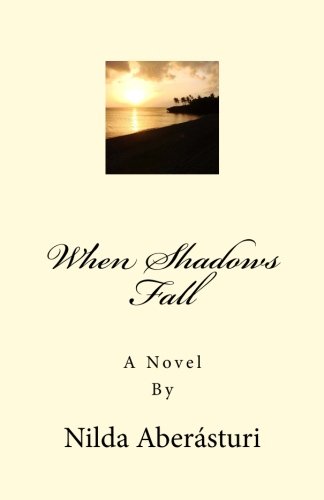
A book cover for When Shadows Fall: A Novel; Nilda Aberasturi; Romance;